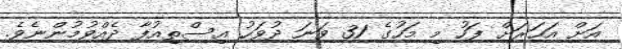
އަށް އަހަރަށް ފަހު މި މަހުގެ 31 ވަނަ ދުވަހު އިސްތިއުފާ ދެއްވުމުންނެވެ.